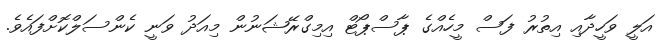
އަލީ ވަހީދާއި އިތުރު ފަސް މީހެއްގެ ޕާސްޕޯޓް އިމިގްރޭޝަނުން މިއަދު ވަނީ ކެންސަލްކޮށްފައެވެ.